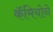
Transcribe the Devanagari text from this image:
कॅमियोने